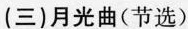
(三)月光曲(节选)